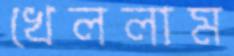
খেললাম